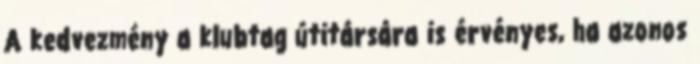
A kedvezmény a klubtag útitársára is érvényes, ha azonos